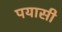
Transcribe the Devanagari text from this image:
पयासी